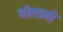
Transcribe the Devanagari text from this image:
पोतामो